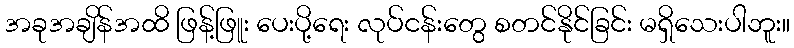
အခုအချိန်အထိ ဖြန့်ဖြူး ပေးပို့ရေး လုပ်ငန်းတွေ စတင်နိုင်ခြင်း မရှိသေးပါဘူး။